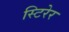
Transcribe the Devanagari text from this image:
स्टिरेर